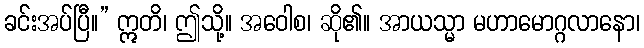
ခင်းအပ်ပြီ။” ဣတိ၊ ဤသို့။ အဝေါစ၊ ဆို၏။ အာယသ္မာ မဟာမောဂ္ဂလာနော၊